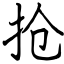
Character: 抢